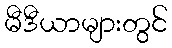
မီဒီယာများတွင်